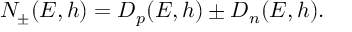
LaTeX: N _ { \pm } ( E , h ) = D _ { p } ( E , h ) \pm D _ { n } ( E , h ) .